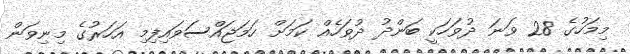
މިމަހުގެ 28 ވަނަ ދުވަހަކީ ބަންދު ދުވަހެއް ކަމަށް ހަމަޖައްސަވައިފިމި އަހަރުގެ މިނިވަން